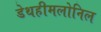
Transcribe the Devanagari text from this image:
डेथहीमलोनिल